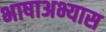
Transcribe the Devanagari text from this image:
भाषाअभ्यास